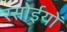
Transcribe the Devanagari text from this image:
रसोईयों